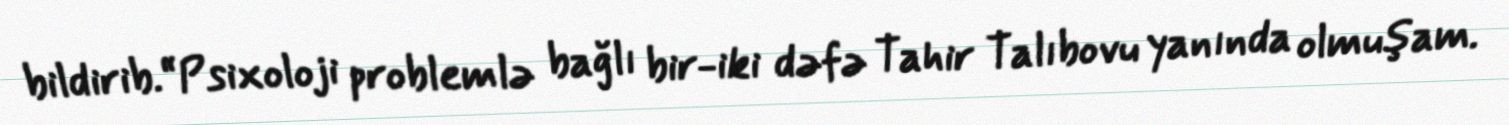
bildirib.“Psixoloji problemlə bağlı bir-iki dəfə Tahir Talıbovu yanında olmuşam.